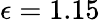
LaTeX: \epsilon=1.15